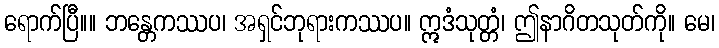
ရောက်ပြီ။။ ဘန္တေကဿပ၊ အရှင်ဘုရားကဿပ။ ဣဒံသုတ္တံ၊ ဤနာဂိတသုတ်ကို။ မေ၊